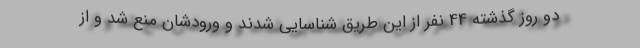
دو روز گذشته 44 نفر از این طریق شناسایی شدند و ورودشان منع شد و از